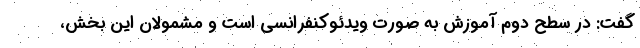
گفت: در سطح دوم آموزش به صورت ویدئوکنفرانسی است و مشمولان این بخش،